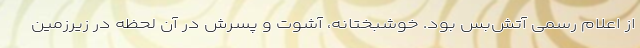
از اعلام رسمی آتش‌بس بود. خوشبختانه، آشوت و پسرش در آن لحظه در زیرزمین